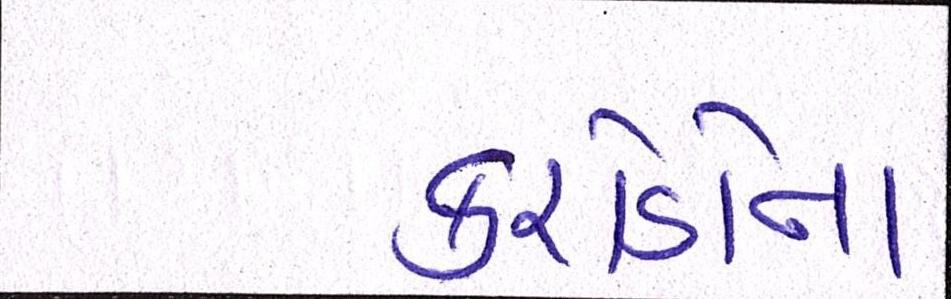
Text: કરોડોના